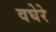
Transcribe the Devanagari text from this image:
वघेरे